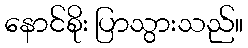
နောင်စိုး ပြာသွားသည်။